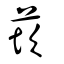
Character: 莰